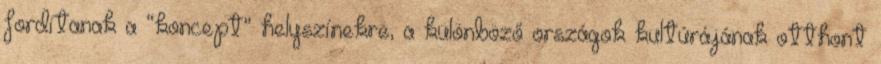
fordítanak a “koncept” helyszínekre, a különböző országok kultúrájának otthont